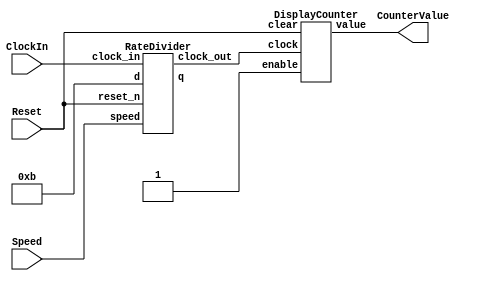
module part2(ClockIn, Reset, Speed, CounterValue);

	input ClockIn, Reset;
	input [1:0] Speed;
	output [3:0] CounterValue;
	
	wire [31:0] load;
	wire dividedClock;
	
	RateDivider divider(ClockIn, Speed, Reset, 32'd11, load, dividedClock); //10111110101111000010000000 // 111110100
	
	DisplayCounter counter(dividedClock, 1'b1, CounterValue, Reset);
	
endmodule 

module RateDivider(clock_in, speed, reset_n, d, q, clock_out);

	input clock_in, reset_n;
	input [1:0] speed;
	input [31:0] d;
	output reg [31:0] q;
	output reg clock_out;
	
	always @(posedge clock_in) begin
		if(reset_n == 1'b1) begin
			if (speed == 2'b00) 
				q <= 0;
				clock_out = clock_in;
			if (speed == 2'b01) // 1 hz
				q <= d;
			else if (speed == 2'b10)// 0.5 hz
				q <= 2 * d;
			else if (speed == 2'b11)// 0.25 hz
				q <= 4 * d;
			
		end else begin
		
			if(speed == 2'b00 && q == 32'b0) begin // full speed
			
				clock_out = clock_in;
			
			end else begin
				if(q == 32'b0) begin   // counter reaches 0
					if (speed == 2'b01)		// 1 hz
						q <= d;
					else if (speed == 2'b10)// 0.5 hz
						q <= 2 * d;
					else if (speed == 2'b11)// 0.25 hz
						q <= 4 * d;
				end else 
					q <= q - 1;	
				
				clock_out = (q == 32'b0) ? 1'b1 : 1'b0;
			end
		end
	end
	
	always @(negedge clock_in) begin
	
		if(speed == 2'b00 && q == 32'b0)
			clock_out = clock_in;
	end

endmodule 

module DisplayCounter(clock, enable, value, clear); // DisplayCounter

	input clock, enable, clear;
	output reg [3:0] value;
	
	always @(posedge clock) begin
	
		if(clear == 1'b1)
			value <= 4'b0;
		else if(value == 4'b1111)
			value <= 4'b0;
		else if(enable)
			value <= value + 1;
			
	end
endmodule